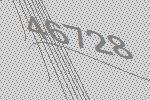
46728